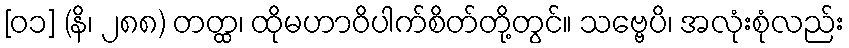
[၀၁] (နိ၊ ၂၈၈) တတ္ထ၊ ထိုမဟာဝိပါက်စိတ်တို့တွင်။ သဗ္ဗေပိ၊ အလုံးစုံလည်း